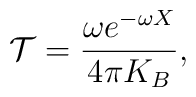
{\cal T}=\frac{\omega e^{-\omega X}}{4\pi K_{B}},